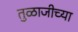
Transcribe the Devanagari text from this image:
तुळाजीच्या